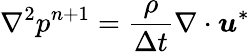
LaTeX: \nabla^{2}p^{n+1}=\frac{\rho}{\Delta t}\nabla\cdot\boldsymbol{u}^{*}